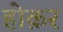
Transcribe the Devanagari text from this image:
होक़र